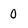
Character: 0